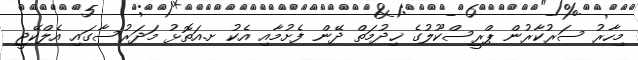
މިހާރު ސަރުކާރުން ޕްރީސްކޫލުގެ ޚިދުމަތް ދޭން ފެށުމާއި އެކު ށ.އަތޮޅު މަދަރުސާގައި އެލްކޭޖީ